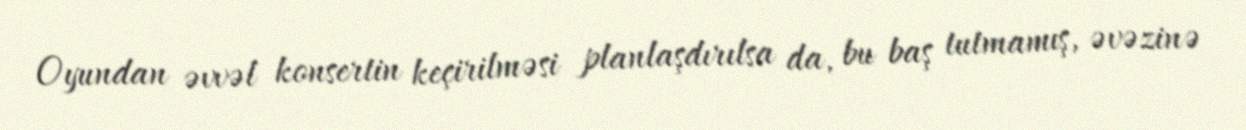
Oyundan əvvəl konsertin keçirilməsi planlaşdırılsa da, bu baş tutmamış, əvəzinə